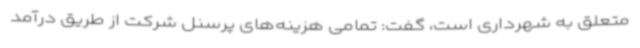
متعلق به شهرداری است، گفت: تمامی هزینه‌های پرسنل شرکت از طریق درآمد